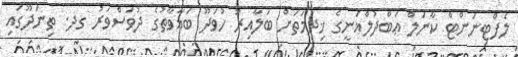
ލެފްޓިނަންޓް ކާނަލް ޢަބްދުލްޣަނީގެ ޚިދުމަތަށް ބަލާއިރު ހުވަދޫ ބަޣާވާތުގެ ދުވަސްވަރު ގދ. ތިނަދޫގައި